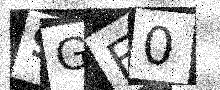
Text: 9GE0